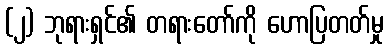
(၂) ဘုရားရှင်၏ တရားတော်ကို ဟောပြတတ်မှု